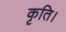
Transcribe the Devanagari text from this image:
कृति।